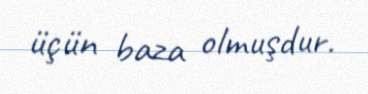
üçün baza olmuşdur.